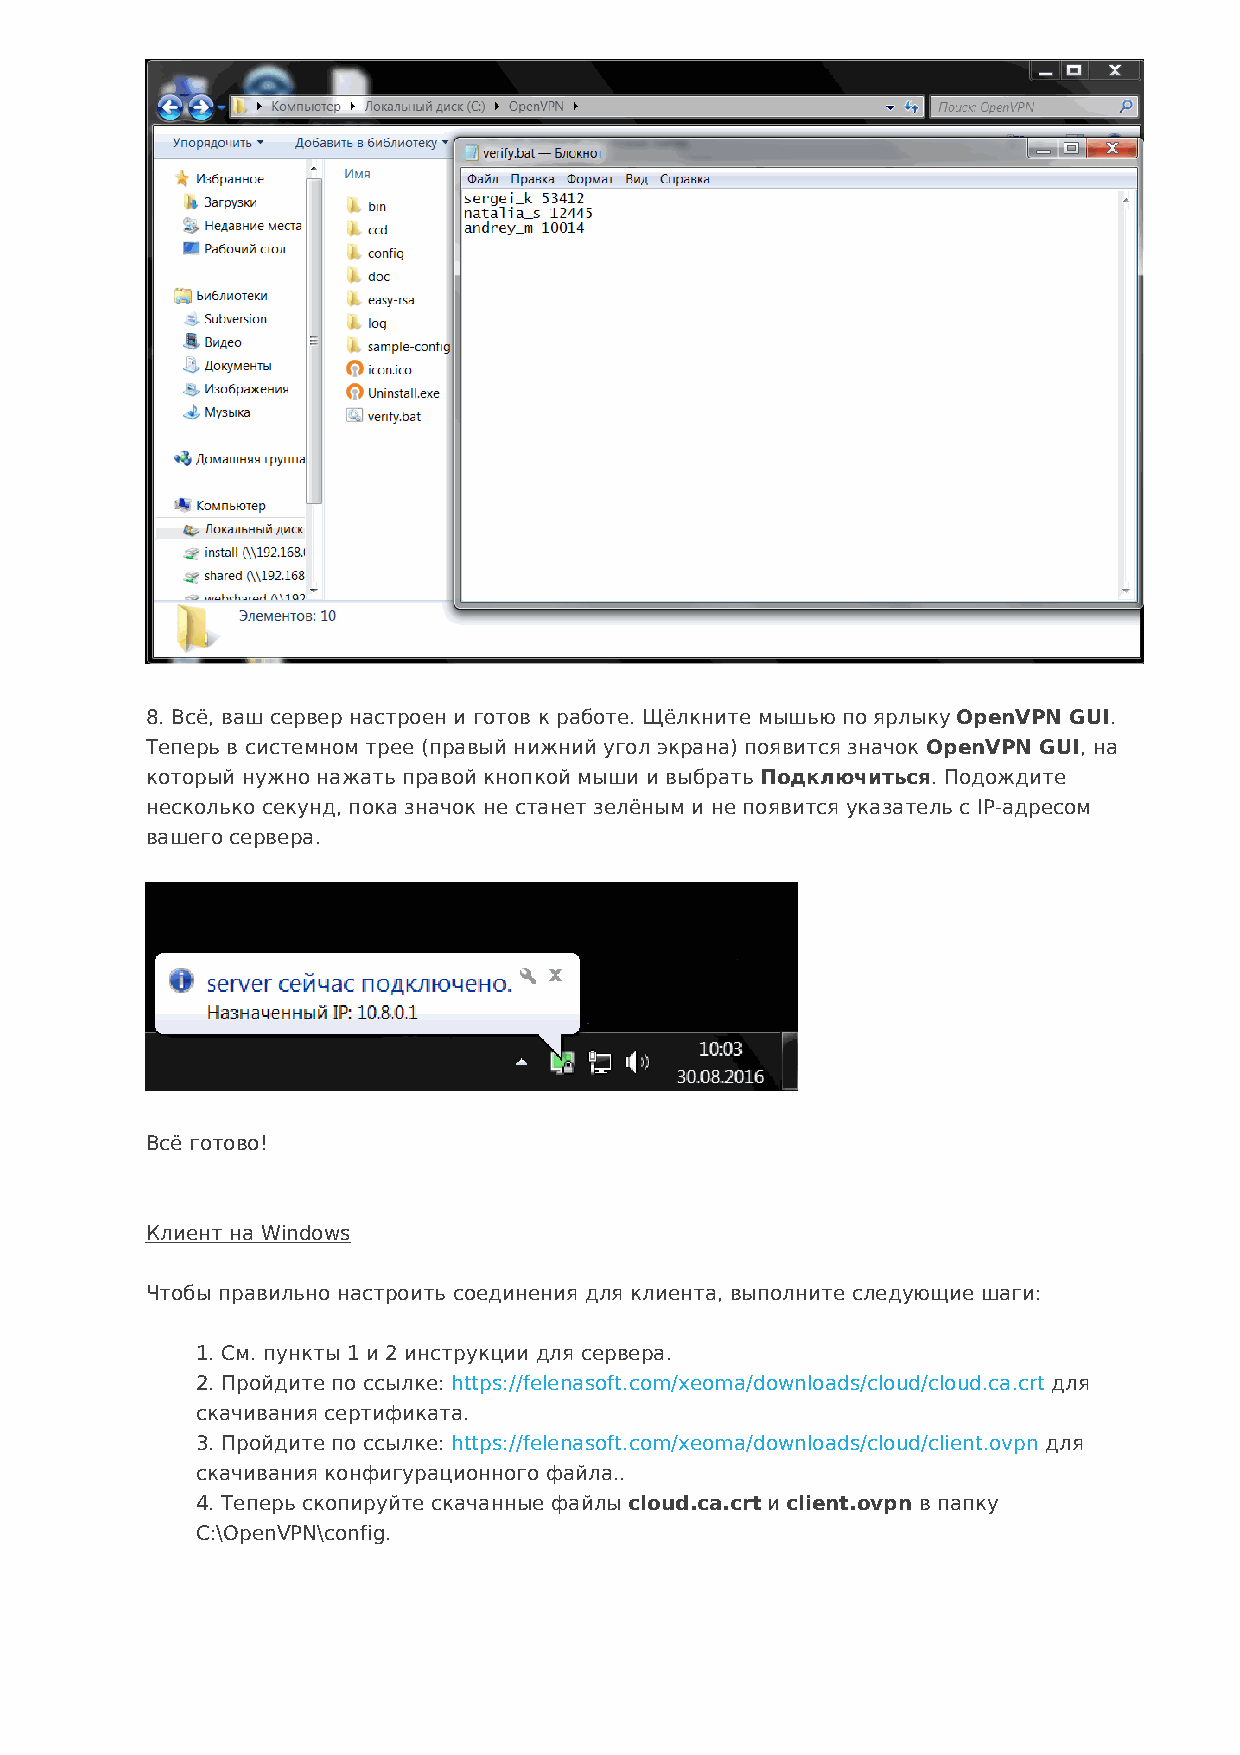
8. Всё, ваш сервер настроен и готов к работе. Щёлкните мышью по ярлыку OpenVPN GUI.
 Теперь в системном трее (правый нижний угол экрана) появится значок OpenVPN GUI, на
 который нужно нажать правой кнопкой мыши и выбрать Подключиться. Подождите
 несколько секунд, пока значок не станет зелёным и не появится указатель с IP-адресом
 вашего сервера.
 Всё готово!
 Клиент на Windows
 Чтобы правильно настроить соединения для клиента, выполните следующие шаги:
 1. См. пункты 1 и 2 инструкции для сервера.
 2. Пройдите по ссылке: https://felenasoft.com/xeoma/downloads/cloud/cloud.ca.crt для
 скачивания сертификата.
 3. Пройдите по ссылке: https://felenasoft.com/xeoma/downloads/cloud/client.ovpn для
 скачивания конфигурационного файла..
 4. Теперь скопируйте скачанные файлы cloud.ca.crt и client.ovpn в папку
 C:\OpenVPN\config.